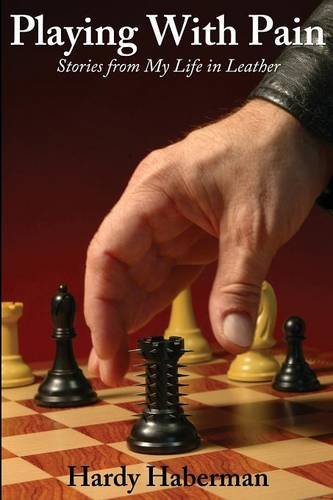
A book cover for Playing With Pain: Stories from My Life in Leather (Boner Books); Hardy Haberman; Romance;